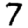
Digit: 7